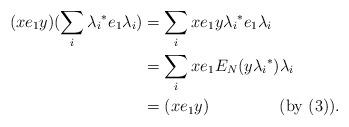
LaTeX: \begin{align*} (xe_1y)(\sum_i{\lambda_i}^*e_1\lambda_i)& = \sum_i xe_1y{\lambda_i}^*e_1\lambda_i\\ & = \sum_i xe_1E_N(y{\lambda_i}^*)\lambda_i\\ & = (xe_1y)~~~~~~~~~~~~~(\textrm{by (3)}).\end{align*}